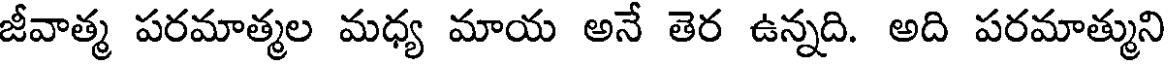
జీవాత్మ పరమాత్మల మధ్య మాయ అనే తెర ఉన్నది. అది పరమాత్ముని